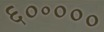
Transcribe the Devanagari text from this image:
६०॰०००